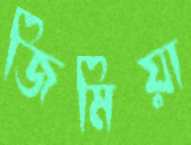
জিমিয়া